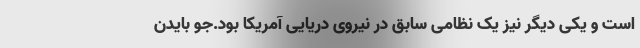
است و یکی دیگر نیز یک نظامی سابق در نیروی دریایی آمریکا بود.جو بایدن